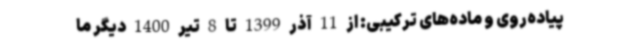
پیاده‌روی و ماده‌های ترکیبی: از 11 آذر 1399 تا 8 تیر 1400 دیگر ما